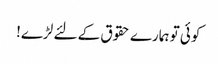
کوئی تو ہمارے حقوق کے لئے لڑے!